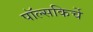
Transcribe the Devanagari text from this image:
पॉल्सकिर्चे